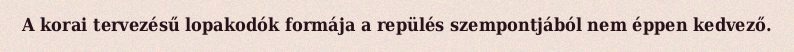
A korai tervezésű lopakodók formája a repülés szempontjából nem éppen kedvező.